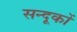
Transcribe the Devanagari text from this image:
सन्दूकों